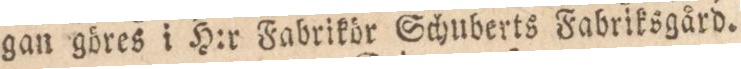
gan göres i H:r Fabrikör Schuberts Fabriksgård.